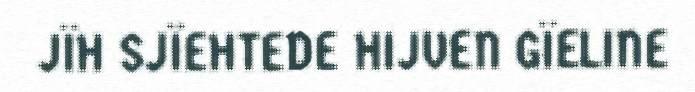
JÏH SJÏEHTEDE HIJVEN GÏELINE